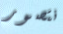
نتصور